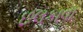
છલકાવા